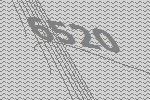
6520